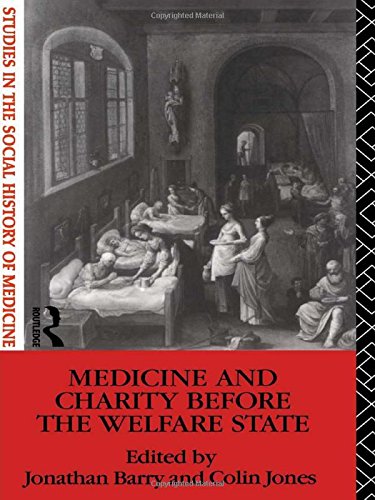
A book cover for Medicine and Charity Before the Welfare State (Studies in the Social History of Medicine); Medical Books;